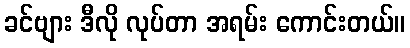
ခင်ဗျား ဒီလို လုပ်တာ အရမ်း ကောင်းတယ်။